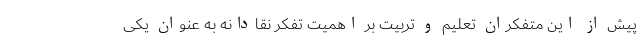
پیش از این متفکران تعلیم و تربیت بر اهمیت تفکر نقادانه به عنوان یکی